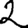
Digit: 2